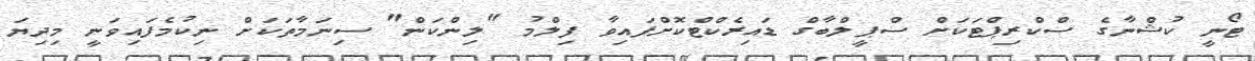
ޓޯނީ ކުޝްނާގެ ސްކްރިޕްޓަކަށް ސްޕީލްބާގް ޑައިރެކްޓްކޮށްފައިވާ ފިލްމު "ލިންކަން" ސިނަމާތަކަށް ނިކުމެފައިވަނީ މިދިޔަ